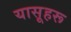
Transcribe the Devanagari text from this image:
यासूहरू